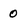
Character: 0